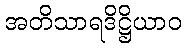
အတိသာရဒိဋ္ဌိယာဝ